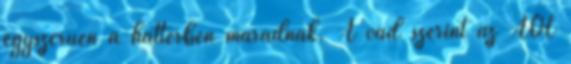
egyszerűen a háttérben maradnak. A vád szerint az AOL